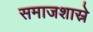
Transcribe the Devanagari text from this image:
समाजशास्रे